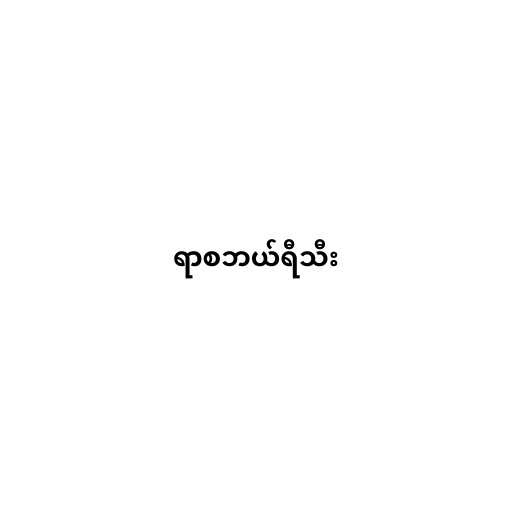
ရာစဘယ်ရီသီး